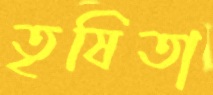
তৃষিতা